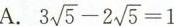
A.3 $$3 \sqrt{5}-2 \sqrt{5}=1$$